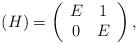
LaTeX: \begin{align*}(H)= \left( \begin{array}{cc}E & 1 \\0 & E\end{array}\right),\end{align*}